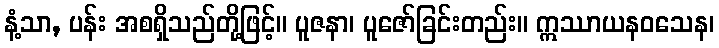
နံ့သာ, ပန်း အစရှိသည်တို့ဖြင့်။ ပူဇနာ၊ ပူဇော်ခြင်းတည်း။ ဣဿာယနဝသေန၊